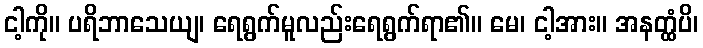
ငါ့ကို။ ပရိဘာသေယျ၊ ရေရွက်မူလည်းရေရွက်ရာ၏။ မေ၊ ငါ့အား။ အနတ္ထံပိ၊